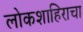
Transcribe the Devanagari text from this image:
लोकशाहिराचा